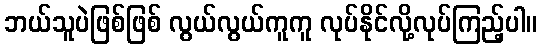
ဘယ်သူပဲဖြစ်ဖြစ် လွယ်လွယ်ကူကူ လုပ်နိုင်လို့လုပ်ကြည့်ပါ။